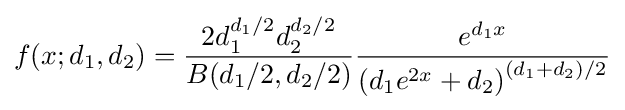
f(x;d_{1},d_{2})={\frac {2d_{1}^{d_{1}/2}d_{2}^{d_{2}/2}}{B(d_{1}/2,d_{2}/2)}}{\frac {e^{d_{1}x}}{\left(d_{1}e^{2x}+d_{2}\right)^{(d_{1}+d_{2})/2}}}